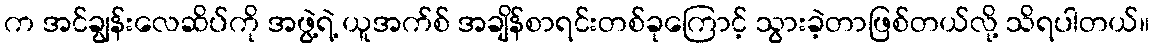
က အင်ချွန်းလေဆိပ်ကို အဖွဲ့ရဲ့ ယူအက်စ် အချိန်စာရင်းတစ်ခုကြောင့် သွားခဲ့တာဖြစ်တယ်လို့ သိရပါတယ်။